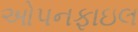
ઓપનફાઇલ